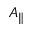
A _ { \parallel }